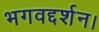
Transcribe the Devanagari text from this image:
भगवद्दर्शन।